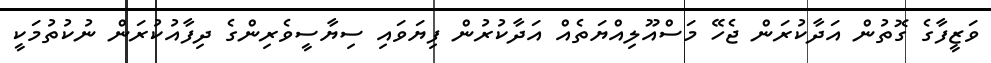
ވަޒީފާގެ ގޮތުން އަދާކުރަން ޖެހޭ މަސްއޫލިއްޔަތެއް އަދާކުރުން ފިޔަވައި ސިޔާސީވެރިންގެ ދިފާއުކުރަން ނުކުތުމަކީ